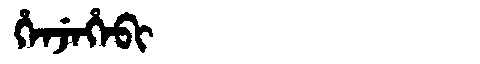
Manchu: ᡥᡝᠨᠵᡝᡥᡝᠪᡳ
Romanization: HENJEHEBI